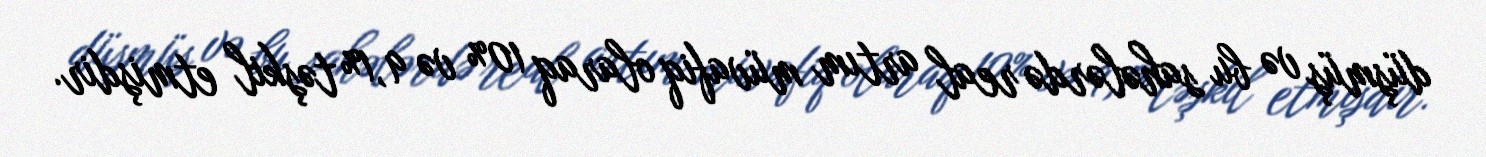
düşmüş və bu sahələrdə real artım müvafiq olaraq 10% və 9,1% təşkil etmişdir.